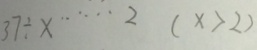
3 7 \div x \cdots 2 ( x > 2 )